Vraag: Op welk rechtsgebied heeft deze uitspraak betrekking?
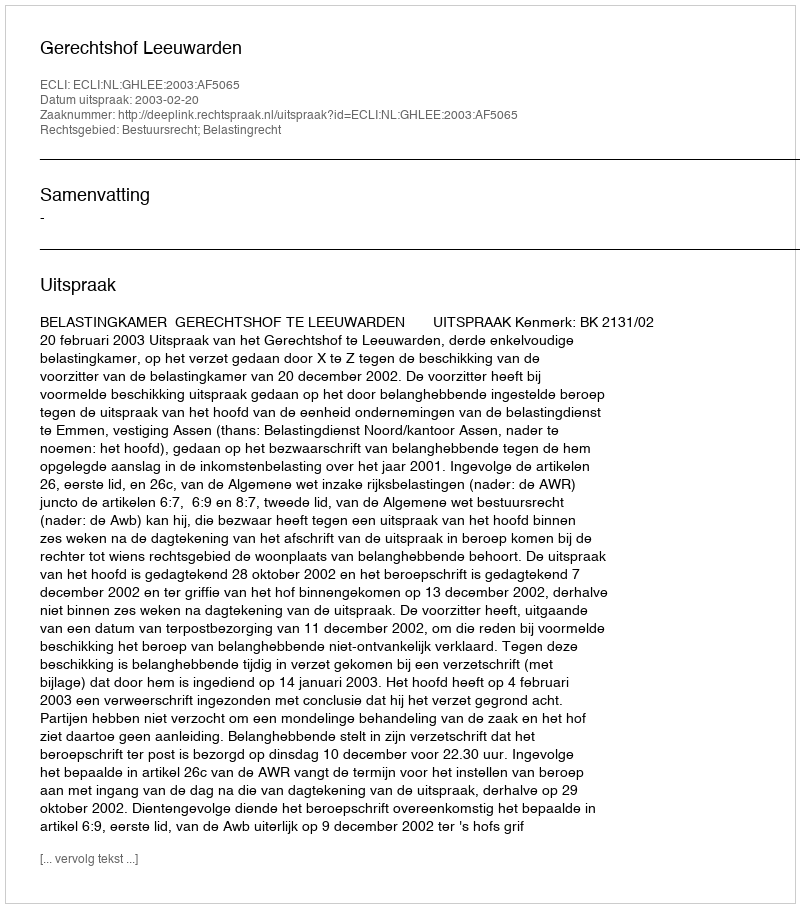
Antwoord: Bestuursrecht; Belastingrecht